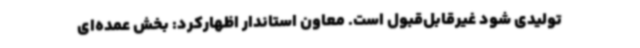
تولیدی شود غیرقابل‌قبول است. معاون استاندار اظهارکرد: بخش عمده‌ای